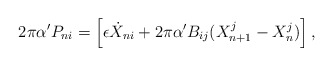
\begin{align*} 2\pi \alpha' P_{ni} = \left[ \epsilon \dot{X}_{ni} + 2\pi \alpha'B_{ij} (X_{n+1}^{j} - X_{n}^{j})\right],\end{align*}